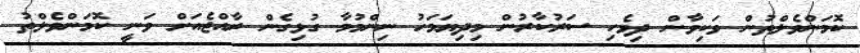
ކޮމަންވެލްތުން ވަކިވާން ދިވެހި ސަރުކާރުން މިދިޔަމަހު ނިންމުމާ ގުޅިގެން ރާއްޖެއަށް ވަނީ ކޮމަންވެލްތު